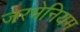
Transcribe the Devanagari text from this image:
जरमेनियम